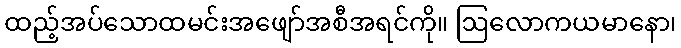
ထည့်အပ်သောထမင်းအဖျော်အစီအရင်ကို။ ဩလောကယမာနော၊